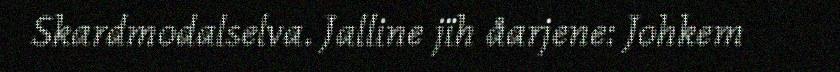
Skardmodalselva. Jalline jïh åarjene: Johkem